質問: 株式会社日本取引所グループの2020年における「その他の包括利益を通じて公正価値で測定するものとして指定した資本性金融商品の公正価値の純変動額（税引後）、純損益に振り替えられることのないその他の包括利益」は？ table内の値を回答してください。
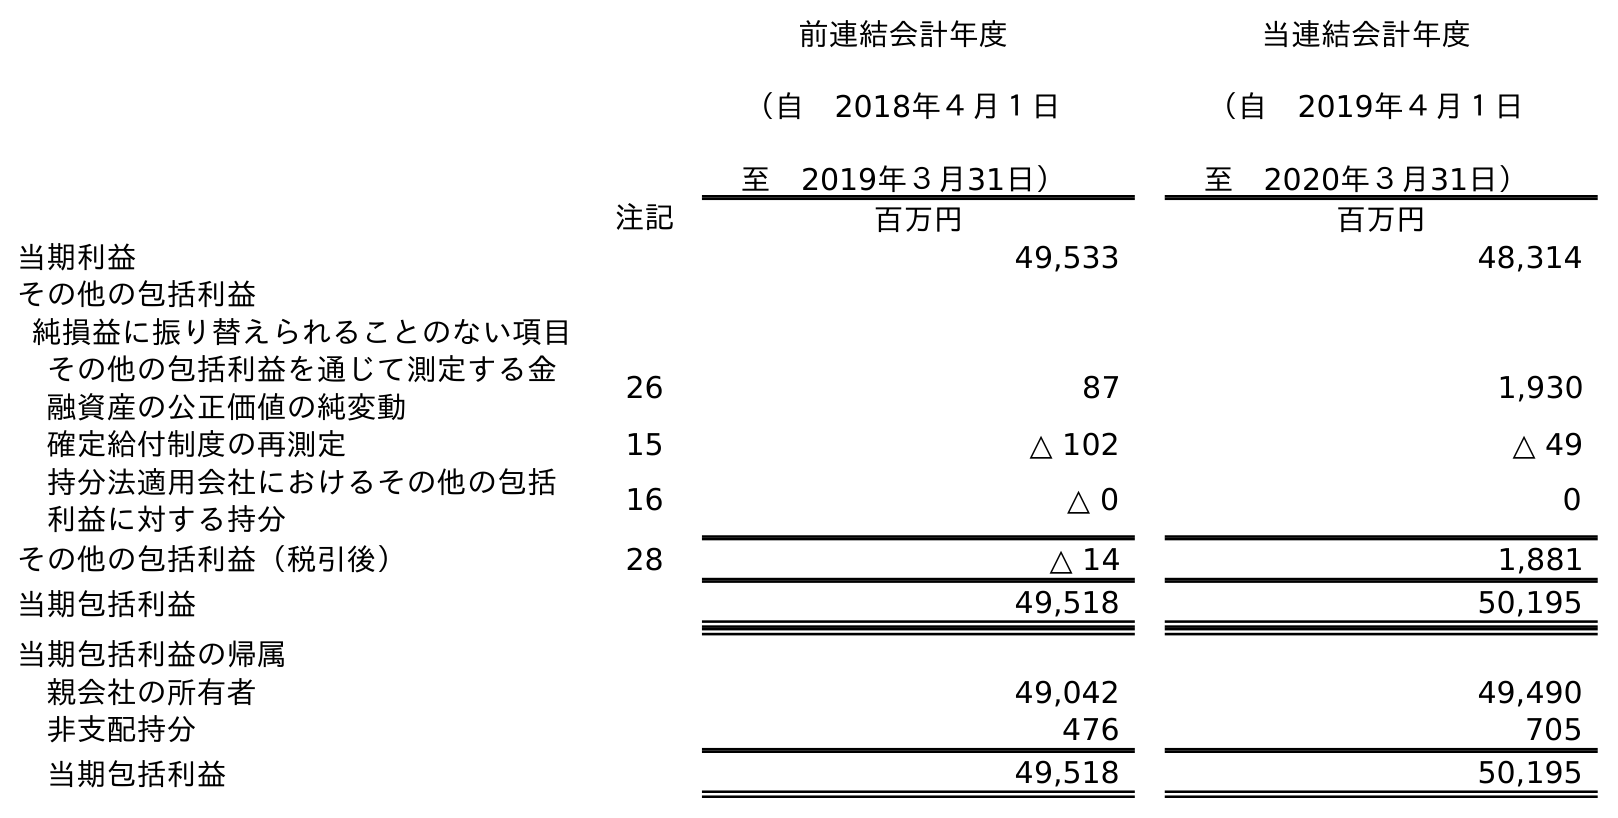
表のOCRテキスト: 前連結会計年度 （自 2018年４月１日 至 2019年３月31日） 当連結会計年度 （自 2019年４月１日 至 2020年３月31日） 注記 百万円 百万円 当期利益 49,533 48,314 その他の包括利益 純損益に振り替えられることのない項目 その他の包括利益を通じて測定する金 融資産の公正価値の純変動 26 87 1,930 確定給付制度の再測定 15 △ 102 △ 49 持分法適用会社におけるその他の包括 利益に対する持分 16 △ 0 0 その他の包括利益（税引後） 28 △ 14 1,881 当期包括利益 49,518 50,195 当期包括利益の帰属 親会社の所有者 49,042 49,490 非支配持分 476 705 当期包括利益 49,518 50,195
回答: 1,930